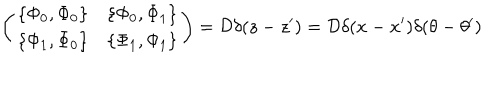
\left( \begin{array} { c c } { { \{ \Phi _ { 0 } , \Phi _ { 0 } \} } } & { { \{ \Phi _ { 0 } , \Phi _ { 1 } \} } } \\ { { \{ \Phi _ { 1 } , \Phi _ { 0 } \} } } & { { \{ \Phi _ { 1 } , \Phi _ { 1 } \} } } \\ \end{array} \right) = { \cal D } \delta ( z - z ^ { \prime } ) = { \cal D } \delta ( x - x ^ { \prime } ) \delta ( \theta - \theta ^ { \prime } )